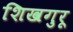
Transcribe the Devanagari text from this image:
शिखगुरू